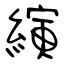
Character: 縯